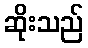
ဆိုးသည်